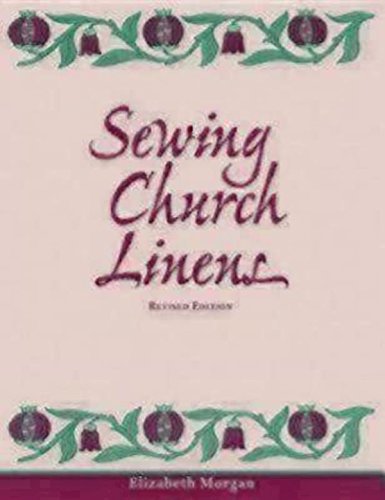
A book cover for Sewing Church Linens: Convent Hemming and Simple Embroidery; Elizabeth Morgan; Literature & Fiction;